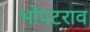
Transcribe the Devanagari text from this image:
भोपटराव